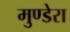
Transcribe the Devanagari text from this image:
मुण्डेरा